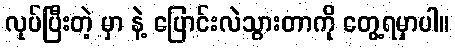
လုပ်ပြီးတဲ့ မှာ နဲ့ ပြောင်းလဲသွားတာကို တွေ့ရမှာပါ။